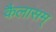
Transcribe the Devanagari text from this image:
कैलासम्‌